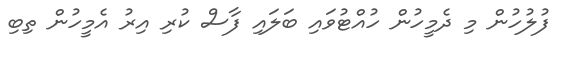
ފުލުހުން މި ދެމީހުން ހުއްޓުވައި ބަލައި ފާސް ކުރި އިރު އެމީހުން ތިބި